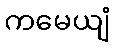
ကမေယျံ